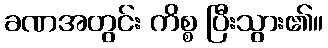
ခဏအတွင်း ကိစ္စ ပြီးသွား၏။